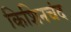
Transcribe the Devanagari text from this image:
किशिनचंद